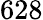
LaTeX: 628